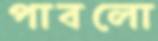
পাবলো